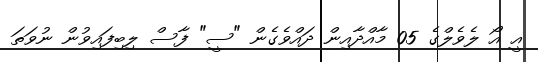
އީ އޯ ލެވެލްގެ 05 މާއްދާއިން ދައްވެގެން "ސީ" ފާސް ލިބިފައިވުން ނުވަތަ